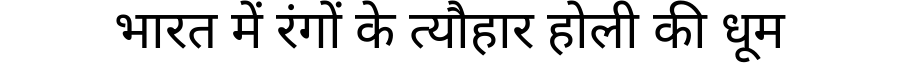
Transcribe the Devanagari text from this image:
भारत में रंगों के त्यौहार होली की धूम